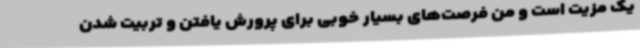
یک مزیت است و من فرصت‌های بسیار خوبی برای پرورش یافتن و تربیت شدن